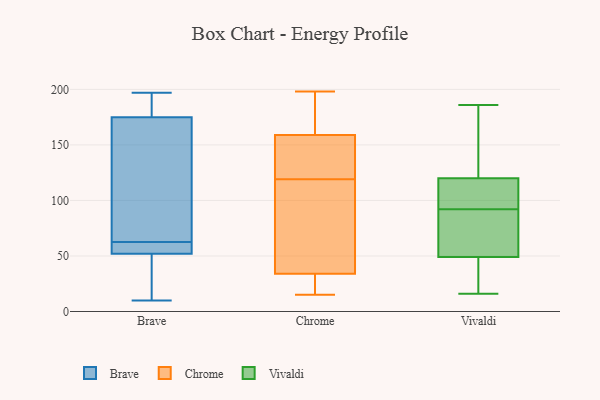
{"axis": {"x": "Churn Rate (%)", "y": "Value"}, "legend": ["Brave", "Chrome", "Vivaldi"], "data": [{"x": "", "y": 52, "type": "Brave"}, {"x": "", "y": 77, "type": "Brave"}, {"x": "", "y": 61, "type": "Brave"}, {"x": "", "y": 192, "type": "Brave"}, {"x": "", "y": 48, "type": "Brave"}, {"x": "", "y": 10, "type": "Brave"}, {"x": "", "y": 197, "type": "Brave"}, {"x": "", "y": 64, "type": "Brave"}, {"x": "", "y": 175, "type": "Brave"}, {"x": "", "y": 61, "type": "Brave"}, {"x": "", "y": 165, "type": "Chrome"}, {"x": "", "y": 20, "type": "Chrome"}, {"x": "", "y": 109, "type": "Chrome"}, {"x": "", "y": 29, "type": "Chrome"}, {"x": "", "y": 129, "type": "Chrome"}, {"x": "", "y": 187, "type": "Chrome"}, {"x": "", "y": 159, "type": "Chrome"}, {"x": "", "y": 151, "type": "Chrome"}, {"x": "", "y": 138, "type": "Chrome"}, {"x": "", "y": 107, "type": "Chrome"}, {"x": "", "y": 133, "type": "Chrome"}, {"x": "", "y": 29, "type": "Chrome"}, {"x": "", "y": 198, "type": "Chrome"}, {"x": "", "y": 93, "type": "Chrome"}, {"x": "", "y": 15, "type": "Chrome"}, {"x": "", "y": 34, "type": "Chrome"}, {"x": "", "y": 179, "type": "Chrome"}, {"x": "", "y": 53, "type": "Chrome"}, {"x": "", "y": 63, "type": "Vivaldi"}, {"x": "", "y": 106, "type": "Vivaldi"}, {"x": "", "y": 16, "type": "Vivaldi"}, {"x": "", "y": 19, "type": "Vivaldi"}, {"x": "", "y": 59, "type": "Vivaldi"}, {"x": "", "y": 34, "type": "Vivaldi"}, {"x": "", "y": 84, "type": "Vivaldi"}, {"x": "", "y": 170, "type": "Vivaldi"}, {"x": "", "y": 184, "type": "Vivaldi"}, {"x": "", "y": 120, "type": "Vivaldi"}, {"x": "", "y": 49, "type": "Vivaldi"}, {"x": "", "y": 100, "type": "Vivaldi"}, {"x": "", "y": 186, "type": "Vivaldi"}, {"x": "", "y": 119, "type": "Vivaldi"}]}